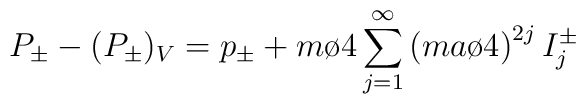
P_{\pm}-(P_{\pm})_V = p_{\pm}+{m\o4}\sum_{j=1}^{\infty}               \left({{ma}\o4}\right)^{2j} I_j^\pm